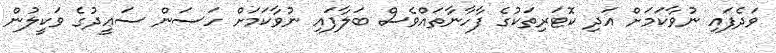
ވަދެފައި ނުވާކަމަށް އަދި ކޮޓަރިތަކުގެ ފާހާނާތައްވެސް ބަލާފައި ނުވާކަމަށް ހަސަން ސަޢީދުގެ ވަކީލުން